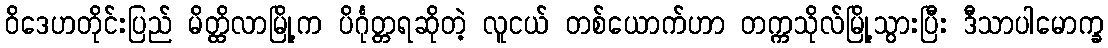
ဝိဒေဟတိုင်းပြည် မိတ္ထိလာမြို့က ပိင်္ဂုတ္တရဆိုတဲ့ လူငယ် တစ်ယောက်ဟာ တက္ကသိုလ်မြို့သွားပြီး ဒီသာပါမောက္ခ